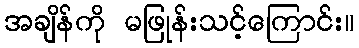
အချိန်ကို မဖြုန်းသင့်ကြောင်း။